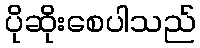
ပိုဆိုးစေပါသည်